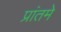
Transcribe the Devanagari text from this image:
प्रांतमे